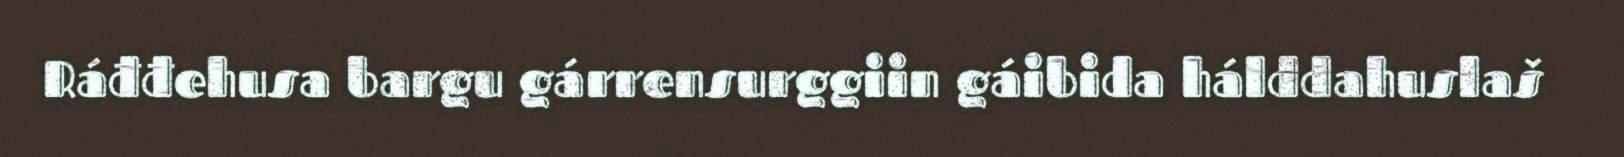
Ráđđehusa bargu gárrensurggiin gáibida hálddahuslaš